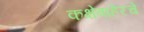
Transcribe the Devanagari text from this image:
कक्षेबाहेरचे